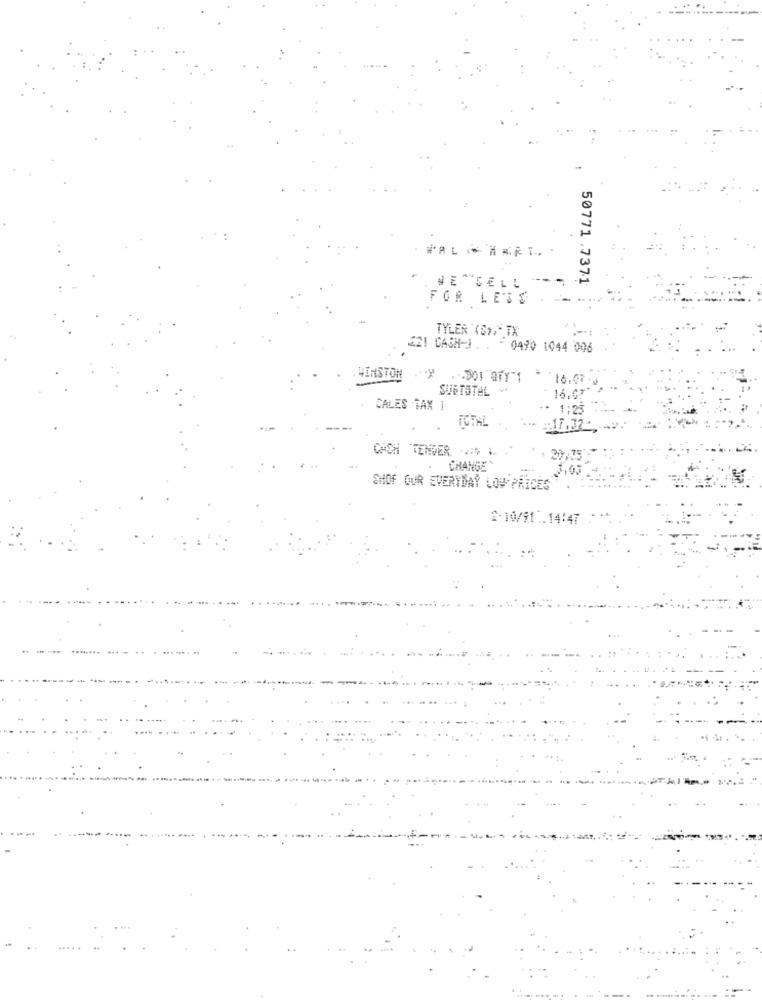
VE CELL -
50771 .7371
FOR LESS
TYLER (S), TX
421 CASH-3 . .
0470 1044 006
. WINSTON
... DO1 "OfY"1
16.07
SUBTOTAL **
* 16.0?'
CALES TAX |
. 1:25
TOTAL
. 17.32-
CACH TENDER ... .
3 75
CHANGE
SHOF OUR EVERYDAY LOW PRICES
2.10/91 1.14:47